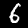
Label: 6